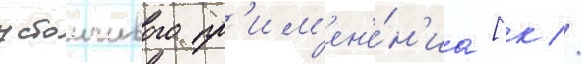
устоичивого пр'им'ен'е́н'иа [к //